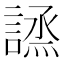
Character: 𧪣